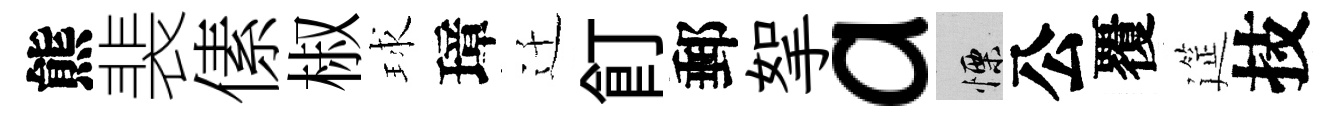
熊裴傃椒球璋迁飣郵挐a慄公覆筵技